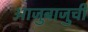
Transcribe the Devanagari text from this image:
आजुबाजुची